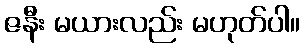
ဇနီး မယားလည်း မဟုတ်ပါ။